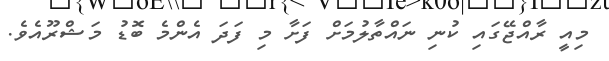
މިއީ ރާއްޖޭގައި ކުނި ނައްތާލުމަށް ފަށާ މި ފަދަ އެންމެ ބޮޑު މަޝްރޫއެވެ.